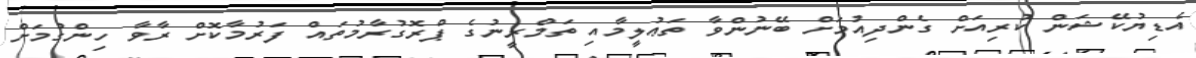
އެޑިޔުކޭޝަން ކުރިއަށް ގެންދިއުމަށް ބޭނުންވާ ތަޢުލީމާއި ތަމްރީނުގެ ޕްރޮގުރާމުތައް ފަރުމާކޮށް ރާވާ ހިންގުމަށް